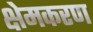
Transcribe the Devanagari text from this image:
क्षेमकरण